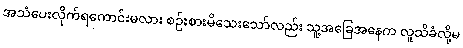
အသံပေးလိုက်ရကောင်းမလား စဉ်းစားမိသေးသော်လည်း သူ့အခြေအနေက လူသိခံလို့မ